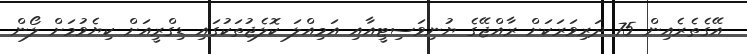
އޭގެތެރެއިން 75 ދަރިވަރަކަށް ރާއްޖޭގެ ޔުނިވަސިޓީއާއި އަމިއްލަ ކޮލެޖުތަކުގައި ޑިގްރީއަށް ކިޔެވުމަށް ލޯން